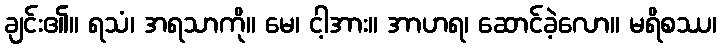
ချင်း၏။ ရသံ၊ အရသာကို။ မေ၊ ငါ့အား။ အာဟရ၊ ဆောင်ခဲ့လော။ မရိစဿ၊